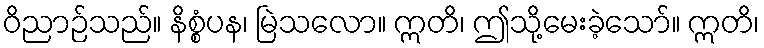
ဝိညာဉ်သည်။ နိစ္စံပန၊ မြဲသလော။ ဣတိ၊ ဤသို့မေးခဲ့သော်။ ဣတိ၊